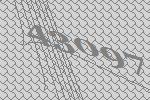
43097